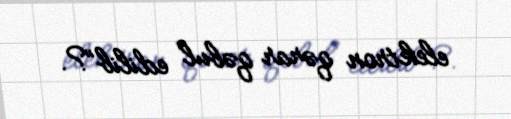
elektron qərar qəbul edilib”?.